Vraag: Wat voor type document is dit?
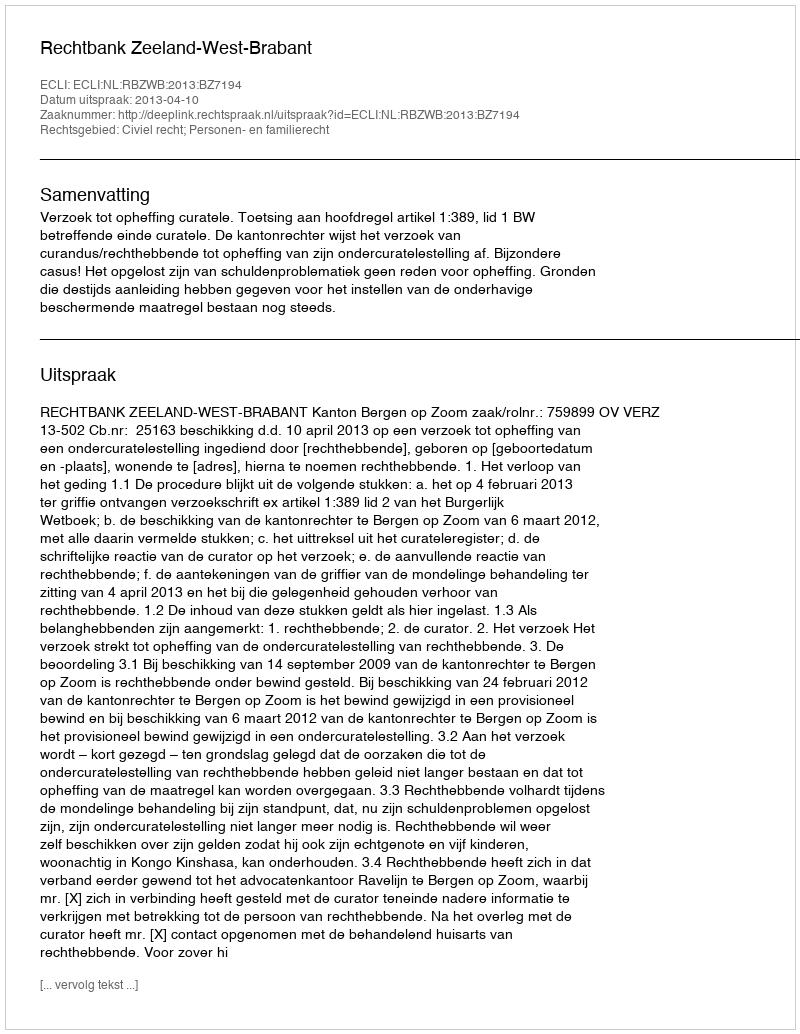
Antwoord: Uitspraak